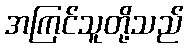
အကြင်သူတို့သည်